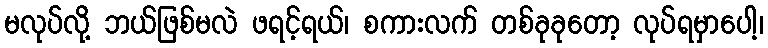
မလုပ်လို့ ဘယ်ဖြစ်မလဲ ဖရင့်ရယ်၊ စကားလက် တစ်ခုခုတော့ လုပ်ရမှာပေါ့၊